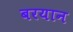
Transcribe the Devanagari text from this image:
बरयान